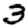
Digit: 3